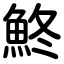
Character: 鮗